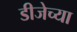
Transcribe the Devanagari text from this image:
डीजेच्या